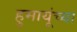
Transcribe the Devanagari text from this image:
हुमायूंच्या